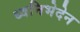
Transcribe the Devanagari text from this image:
ध्वनिभेदेन